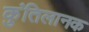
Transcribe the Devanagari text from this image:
कुंतिलानक